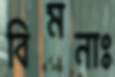
বিমনাঃ